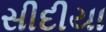
સીદીયા